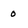
Character: 0